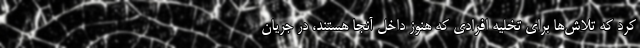
کرد که تلاش‌ها برای تخلیه افرادی که هنوز داخل آنجا هستند، در جریان